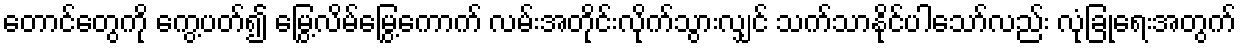
တောင်တွေကို ကွေ့ပတ်၍ မြွေ့လိမ်မြွေ့ကောက် လမ်းအတိုင်းလိုက်သွားလျှင် သက်သာနိုင်ပါသော်လည်း လုံခြုံရေးအတွက်